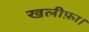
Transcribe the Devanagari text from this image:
खलीफ़ा।